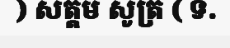
) សត្តម សូត្រ ( ទ.